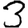
Digit: 3